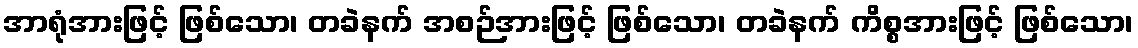
အာရုံအားဖြင့် ဖြစ်သော၊ တခဲနက် အစဉ်အားဖြင့် ဖြစ်သော၊ တခဲနက် ကိစ္စအားဖြင့် ဖြစ်သော၊